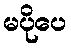
မပိုပေ